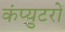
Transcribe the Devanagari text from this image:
कंप्युटरों